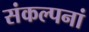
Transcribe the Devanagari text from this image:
संकल्पनां